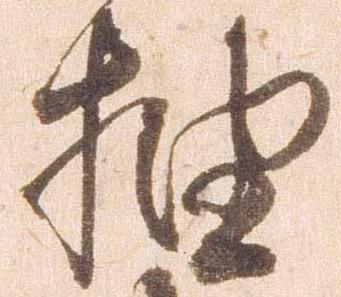
抽